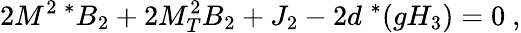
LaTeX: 2M^{2\; *}B_{2}+2M_{T}^{2}B_{2}+J_{2}-2d^{\; *}(gH_{3})=0\ ,